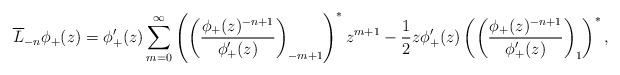
LaTeX: \begin{gather*}\overline{L}_{-n}\phi_+(z)=\phi_+'(z)\sum\limits_{m=0}^{\infty}\left(\left(\frac{\phi_+(z)^{-n+1}}{\phi_+'(z)}\right)_{-m+1}\right)^*z^{m+1}-\frac12z\phi_+'(z)\left(\left(\frac{\phi_+(z)^{-n+1}}{\phi_+'(z)}\right)_1\right)^*,\end{gather*}